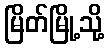
မြိတ်မြို့သို့